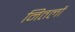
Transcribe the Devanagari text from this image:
नितलों